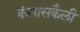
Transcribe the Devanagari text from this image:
कंसासकैली